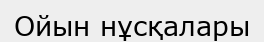
Ойын нұсқалары